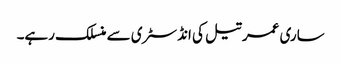
ساری عمر تیل کی انڈسٹری سے منسلک رہے۔